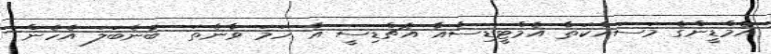
އެމްޑީންގެ މަސައްކަތާ އެމްޓީޑިސާއާ އެޗްޑިސީ އާ ހަމަ ވާނެތަ  ބުނެބަލަ އެހެން